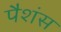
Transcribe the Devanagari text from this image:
पैशंस